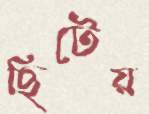
ছিটেয়